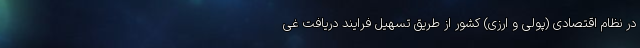
در نظام اقتصادی (پولی و ارزی) کشور از طریق تسهیل فرایند دریافت غی